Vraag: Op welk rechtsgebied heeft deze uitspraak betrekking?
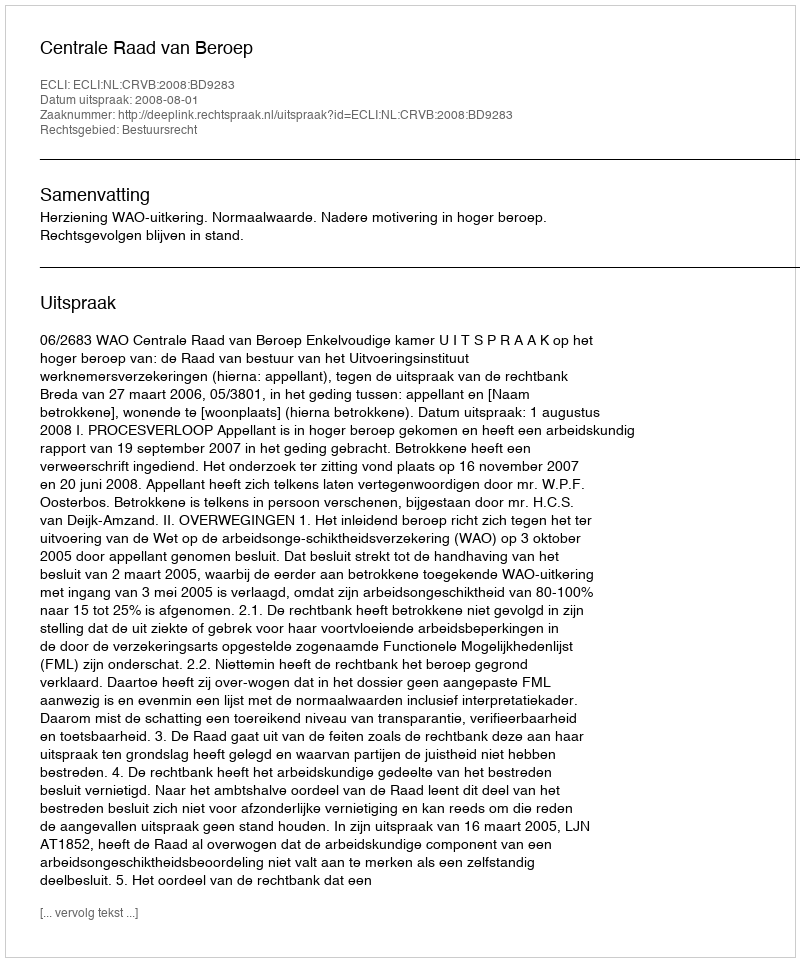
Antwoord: Bestuursrecht